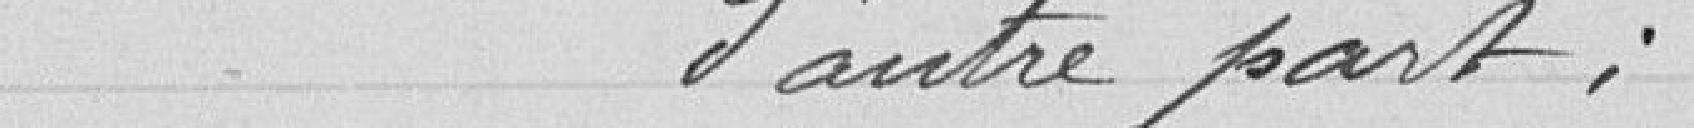
d'autre part ;